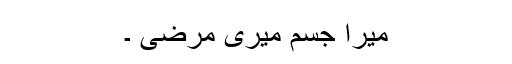
میرا جسم میری مرضی ۔